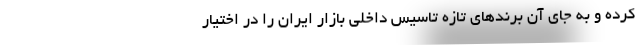
کرده و به جای آن برندهای تازه تاسیس داخلی بازار ایران را در اختیار